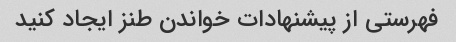
فهرستی از پیشنهادات خواندن طنز ایجاد کنید